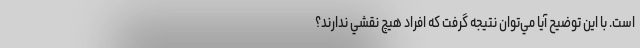
است. با اين توضيح آيا مي‌توان نتيجه گرفت كه افراد هيچ نقشي ندارند؟